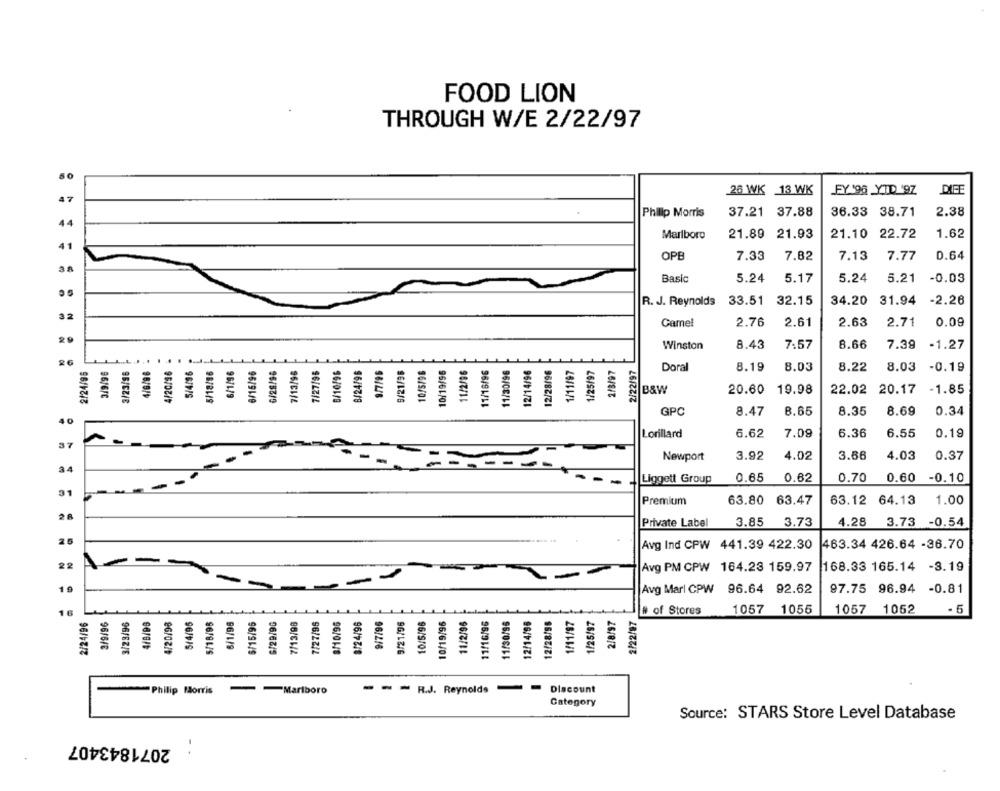
FOOD LION
THROUGH W/E 2/22/97
26 WK 13 WK
FY'96 YIID 97
DIFE
Philip Morris
37.21 37.88
36.33 38.71
2.38
44
Marlboro
21.89 21.93
21.89
21.10 22.72
1.62
OPB
7.33
7.82
7.13
7.77
0.64
3 ª
5.24
5.21
Basic
5.24
5.17
-0.03
R. J. Reynolds
33.51
32.15
34.20 31.94
-2.26
Camel
2.76
2.61
2.63
2.71
0.09
Winston
8.43
7.57
8.66
7.39
-1.27
26
2/24/95
3/9/96
4/20/96
5/18/96
6/1/96
6/15/96
G/28/96
7/13/96
7/27/96
6/10/96
B/24/96
9/7/96
9/21/36
10/5/96
10/19/96
11/2/96
11/16/96
11/30/96
12/14/96
12/28/96
2/3/97
2/22/97
4/6/96
Doral
8.19
8.03
8.22
8.03
-0.19
B&W
20.60
19.98
22.02 20.17
-1.85
GPC
8.47
8.65
8.69
0.34
40
8.35
Lorillard
6.62
7.09
6.36
6.55
0.19
Newport
3.92
4.02
3.66
4.03
0.37
34
Liggett Group
0.65
0.62
0.70
0.60
-0.10
--
-
31
Premium
63.80
63.47
63.12 64.13
1.00
Private Label
3.85
3.73
4.28
3.73 -0.54
25
Avg Ind CPW 441.39 422.30
463.34 426.64 -36.70
22
Avg PM CPW 164.23 159.97
168.33 165.14 -3.19
19
Avg Marl CPW 96.64 92.62
97.75 96.94 -0.81
2/22/97
# of Stores
1057 1055
1057 1052
. 5
16
2/24/96
3/9/96
3/23/96
4/8/99
4/20/98
5/4/95
5/18/98
6/1/95
6/15/96
6/29/90
7/13/98
7/27/95
8/10/96
8/24/96
9/7/96
9/21/96
10/5/96
10/19/96
11/2/96
11/16/96
11/30/96
12/14/98
12/28/96
1/11/97
1/25/97
2/8/97
-
-
R.J. Reynolds
Dlacount
Philip Morris
-Marlboro
Category
Source: STARS Store Level Database
2071843407
: